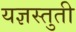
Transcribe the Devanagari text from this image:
यज्ञस्तुती